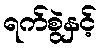
ရက်စွဲနှင့်